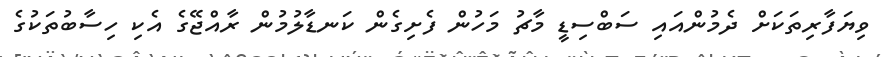
ވިޔަފާރިތަކަށް ދެމުންއައި ސަބްސިޑީ މާޗު މަހުން ފެށިގެން ކަނޑާލުމުން ރާއްޖޭގެ އެކި ހިސާބުތަކުގެ